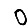
Digit: 0